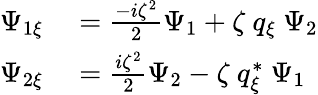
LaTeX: \begin{array}{rl}{\Psi_{1\xi}}&{{}=\frac{-i\zeta^{2}}{2}\Psi_{1}+\zeta\ q_{\xi}\ \Psi_{2}}\\ {\Psi_{2\xi}}&{{}=\frac{i\zeta^{2}}{2}\Psi_{2}-\zeta\ q_{\xi}^{*}\ \Psi_{1}}\end{array}